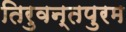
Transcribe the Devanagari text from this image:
तिरुवन्तपुरम